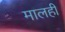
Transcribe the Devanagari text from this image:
मालही